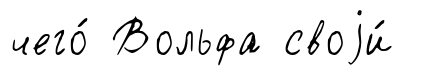
чего́ Вольфа своjи́